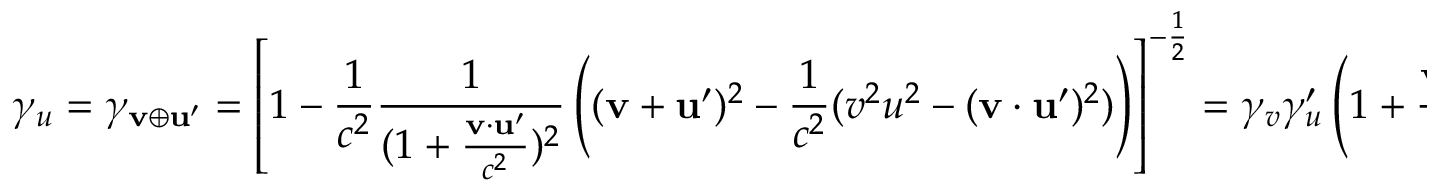
\gamma _ { u } = \gamma _ { \mathbf { v } \oplus \mathbf { u } ^ { \prime } } = \left[ 1 - { \frac { 1 } { c ^ { 2 } } } { \frac { 1 } { ( 1 + { \frac { \mathbf { v } \cdot \mathbf { u } ^ { \prime } } { c ^ { 2 } } } ) ^ { 2 } } } \left( ( \mathbf { v } + \mathbf { u } ^ { \prime } ) ^ { 2 } - { \frac { 1 } { c ^ { 2 } } } ( v ^ { 2 } u ^ { 2 } - ( \mathbf { v } \cdot \mathbf { u } ^ { \prime } ) ^ { 2 } ) \right) \right] ^ { - { \frac { 1 } { 2 } } } = \gamma _ { v } \gamma _ { u } ^ { \prime } \left( 1 + { \frac { \mathbf { v } \cdot \mathbf { u } ^ { \prime } } { c ^ { 2 } } } \right) , \quad \quad \gamma _ { u } ^ { \prime } = \gamma _ { v } \gamma _ { u } \left( 1 - { \frac { \mathbf { v } \cdot \mathbf { u } } { c ^ { 2 } } } \right)